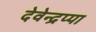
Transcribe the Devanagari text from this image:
देवेन्द्रप्पा